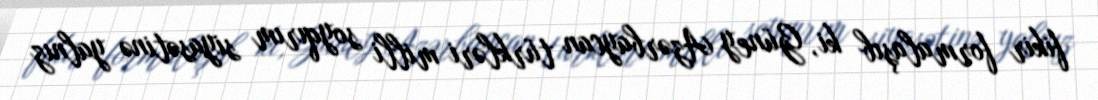
fikir formalaşıb ki, Güney Azərbaycan türkləri milli soyqırım siyasətinə yalnız